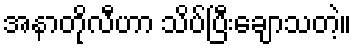
အနာတိုလီဟာ သိပ်ပြီးချောသတဲ့။